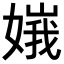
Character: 𡟶